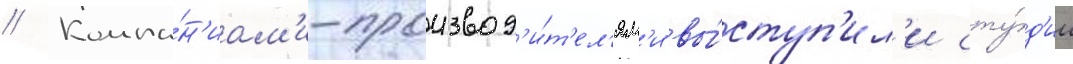
// Компа́н'иам'и-производ'и́т'ел'ям'и вы́ступ'ил'и сту́д'ии